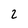
Character: 2